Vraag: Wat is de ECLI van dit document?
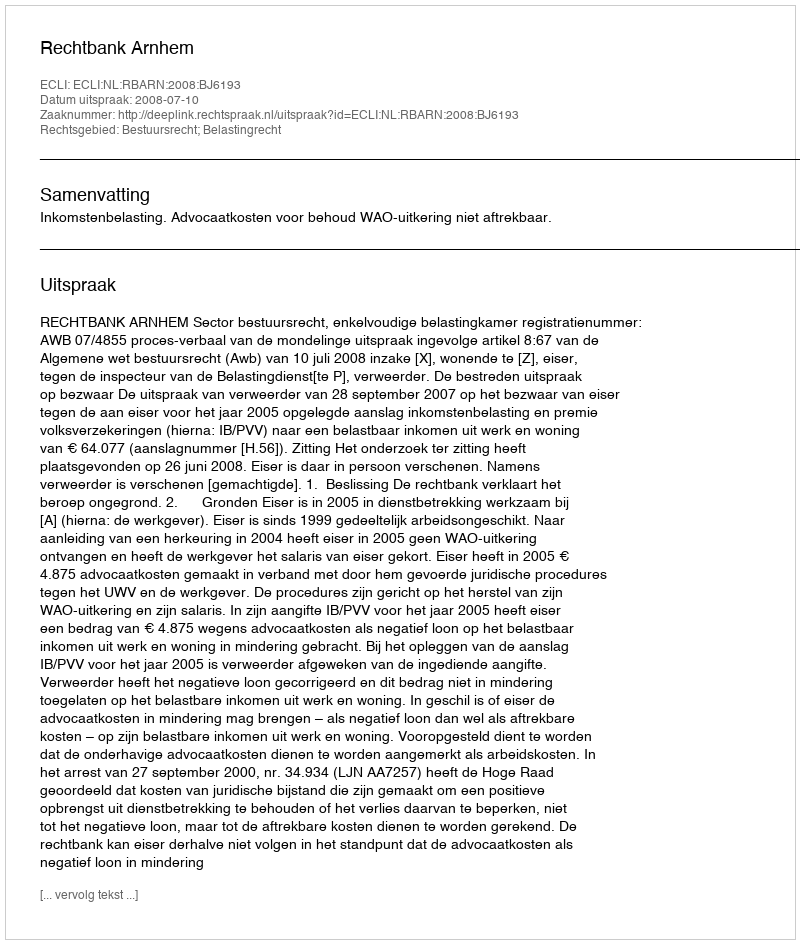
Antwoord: ECLI:NL:RBARN:2008:BJ6193